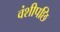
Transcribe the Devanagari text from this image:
वंशीपछि